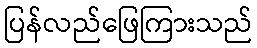
ပြန်လည်ဖြေကြားသည်